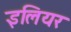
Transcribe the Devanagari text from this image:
इलियर